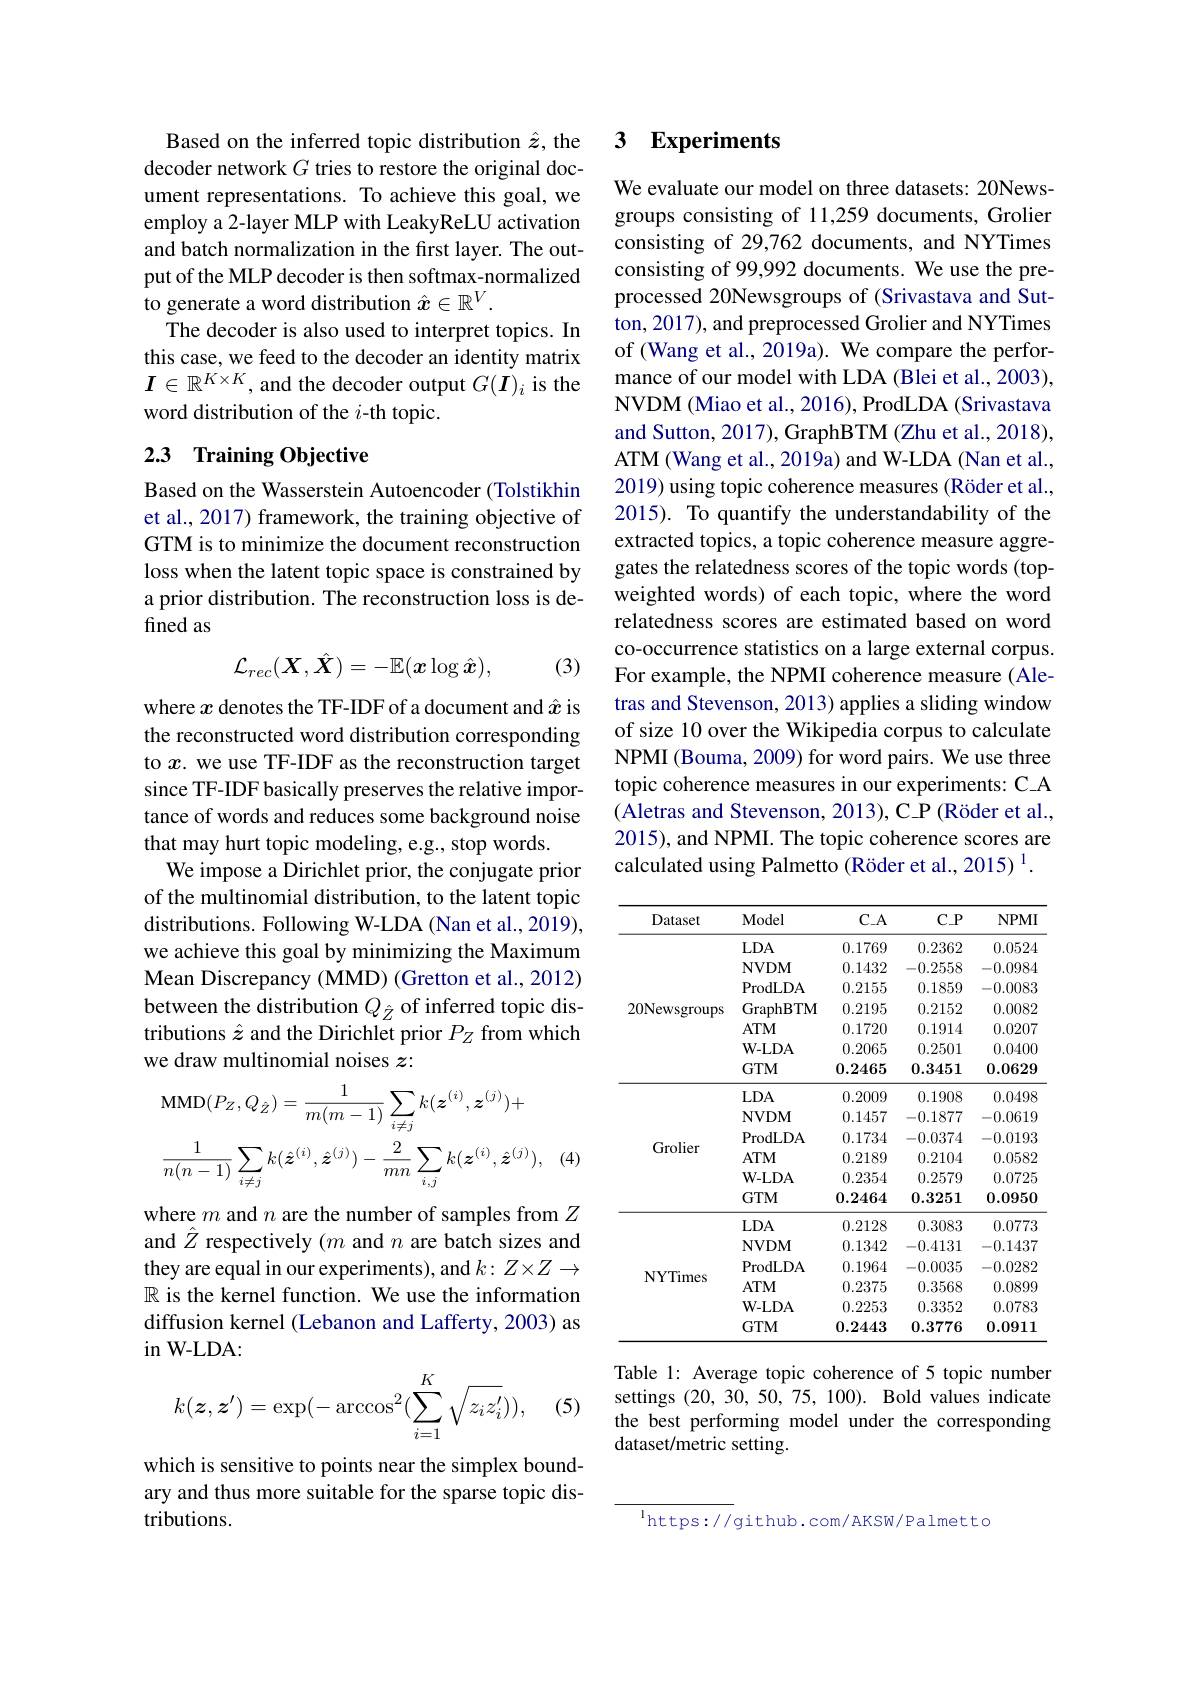
Based on the inferred topic distribution $\hat{z}$, the decoder network $G$ tries to restore the original document representations. To achieve this goal, we employ a 2-layer MLP with LeakyReLU activation and batch normalization in the first layer. The output of the MLP decoder is then softmax-normalized to generate a word distribution $\hat{x}\in\mathbb{R}^V.$
The decoder is also used to interpret topics. In this case, we feed to the decoder an identity matrix $\boldsymbol{I}\in\mathbb{R}^{K\times K}$, and the decoder output $G(\tilde{\boldsymbol{I}})_i$ is the word distribution of the $i$-th topic.

## 2.3 Training Objective

Based on the Wasserstein Autoencoder (Tolstikhin et al., 2017) framework, the training objective of GTM is to minimize the document reconstruction loss when the latent topic space is constrained by a prior distribution. The reconstruction loss is defined as
$$\mathcal{L}_{rec}(\boldsymbol{X},\hat{\boldsymbol{X}})=-\mathbb{E}(\boldsymbol{x}\log\hat{\boldsymbol{x}}),$$
(3)

where $x$ denotes the TF-IDF of a document and $\hat{x}$ is the reconstructed word distribution corresponding to $x$. we use TF-IDF as the reconstruction target since TF-IDF basically preserves the relative importance of words and reduces some background noise that may hurt topic modeling, e.g., stop words.
We impose a Dirichlet prior, the conjugate prior of the multinomial distribution, to the latent topic distributions. Following W-LDA (Nan et al., 2019), we achieve this goal by minimizing the Maximum Mean Discrepancy (MMD) (Gretton et al., 2012) between the distribution $Q_{\hat{Z}}$ of inferred topic distributions $\hat{z}$ and the Dirichlet prior $P_Z$ from which we draw multinomial noises $z:$
$$\mathrm{MMD}(P_{Z},Q_{\hat{Z}})=\frac{1}{m(m-1)}\sum_{i\neq j}k(z^{(i)},z^{(j)})+\\\frac{1}{n(n-1)}\sum_{i\neq j}k(\hat{\boldsymbol{z}}^{(i)},\hat{\boldsymbol{z}}^{(j)})-\frac{2}{mn}\sum_{i,j}k(\boldsymbol{z}^{(i)},\hat{\boldsymbol{z}}^{(j)}),$$
where $m$ and $n$ are the number of samples from $Z$ and $\hat{Z}$ respectively ($m$ and $n$ are batch sizes and they are equal in our experiments), and $k:Z\times Z\to$ $\mathbb{R}$ is the kernel function. We use the information diffusion kernel (Lebanon and Lafferty, 2003) as in W- LDA:
$$k(\boldsymbol{z},\boldsymbol{z}')=\exp(-\arccos^2(\sum_{i=1}^K\sqrt{z_iz_i'})),$$
(5)

which is sensitive to points near the simplex boundary and thus more suitable for the sparse topic distributions.

### $\textbf{3}$ $\textbf{Experiments}$

We evaluate our model on three datasets: 20Newsgroups consisting of 11,259 documents, Grolier consisting of 29,762 documents, and NYTimes consisting of 99,992 documents. We use the preprocessed 20Newsgroups of (Srivastava and Sutton, 2017), and preprocessed Grolier and NYTimes of (Wang et al., 2019a). We compare the performance of our model with LDA (Blei et al., 2003), NVDM (Miao et al., 2016), ProdLDA (Srivastava and Sutton, 2017), GraphBTM (Zhu et al., 2018), ATM (Wang et al., 2019a) and W-LDA (Nan et al., 2019) using topic coherence measures (Röder et al., 2015). To quantify the understandability of the extracted topics, a topic coherence measure aggregates the relatedness scores of the topic words (topweighted words) of each topic, where the word relatedness scores are estimated based on word co-occurrence statistics on a large external corpus. For example, the NPMI coherence measure (Aletras and Stevenson, 2013) applies a sliding window of size 10 over the Wikipedia corpus to calculate NPMI (Bouma, 2009) for word pairs. We use three topic coherence measures in our experiments: C-A (Aletras and Stevenson, 2013), C.P (Röder et al., 2015), and NPMI. The topic coherence scores are calculated using Palmetto (Röder et al., 2015) $^{1}.$

<table>
	<tbody>
		<tr>
			<th>Dataset</th>
			<th>Model</th>
			<th>C$\_$A</th>
			<th>C$\_$P</th>
			<th>$NPMI$</th>
		</tr>
		<tr>
			<td rowspan="7">20Newsgroups</td>
			<td>$LDA$</td>
			<td>0.1769</td>
			<td>0.2362</td>
			<td>0.0524</td>
		</tr>
		<tr>
			<td>NVDM</td>
			<td>0.1432</td>
			<td>-0.2558</td>
			<td>-0.0984</td>
		</tr>
		<tr>
			<td>ProdLDA</td>
			<td>0.2155</td>
			<td>0.1859</td>
			<td>-0.0083</td>
		</tr>
		<tr>
			<td>GraphBTM</td>
			<td>0.2195</td>
			<td>0.2152</td>
			<td>0.0082</td>
		</tr>
		<tr>
			<td>$ATM$</td>
			<td>0.1720</td>
			<td>0.1914</td>
			<td>0.0207</td>
		</tr>
		<tr>
			<td>$\mathbf{W-LDA}$</td>
			<td>0.2065</td>
			<td>0.2501</td>
			<td>0.0400</td>
		</tr>
		<tr>
			<td>$GTM$</td>
			<td>0.2465</td>
			<td>0.3451</td>
			<td>0.0629</td>
		</tr>
		<tr>
			<td rowspan="6">Grolier</td>
			<td>$LDA$</td>
			<td>0.2009</td>
			<td>0.1908</td>
			<td>0.0498</td>
		</tr>
		<tr>
			<td>$\mathbf{NVDM}$</td>
			<td>0.1457</td>
			<td>-0.1877</td>
			<td>-0.0619</td>
		</tr>
		<tr>
			<td>ProdLDA</td>
			<td>0.1734</td>
			<td>-0.0374</td>
			<td>-0.0193</td>
		</tr>
		<tr>
			<td>$ATM$</td>
			<td>0.2189</td>
			<td>0.2104</td>
			<td>0.0582</td>
		</tr>
		<tr>
			<td>$\mathbf{W-LDA}$</td>
			<td>0.2354</td>
			<td>0.2579</td>
			<td>0.0725</td>
		</tr>
		<tr>
			<td>$GTM$</td>
			<td>0.2464</td>
			<td>0.3251</td>
			<td>0.0950</td>
		</tr>
		<tr>
			<td rowspan="6">NYTimes</td>
			<td>$LDA$</td>
			<td>0.2128</td>
			<td>0.3083</td>
			<td>0.0773</td>
		</tr>
		<tr>
			<td>NVDM</td>
			<td>0.1342</td>
			<td>-0.4131</td>
			<td>-0.1437</td>
		</tr>
		<tr>
			<td>ProdLDA</td>
			<td>0.1964</td>
			<td>-0.0035</td>
			<td>-0.0282</td>
		</tr>
		<tr>
			<td>$ATM$</td>
			<td>0.2375</td>
			<td>0.3568</td>
			<td>0.0899</td>
		</tr>
		<tr>
			<td>$\mathbf{W-LDA}$</td>
			<td>0.2253</td>
			<td>0.3352</td>
			<td>0.0783</td>
		</tr>
		<tr>
			<td>$GTM$</td>
			<td>0.2443</td>
			<td>0.3776</td>
			<td>0.0911</td>
		</tr>
	</tbody>
</table>

Table 1: Average topic coherence of 5 topic number settings (20,30,50,75,100). Bold values indicate the best performing model under the corresponding dataset/metric setting.

$^{\mathrm{l}}$https://github.com/AKSW/Palmetto